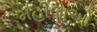
મહીલાઓ